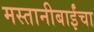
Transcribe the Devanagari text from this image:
मस्तानीबाईंचा